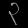
Digit: ၃